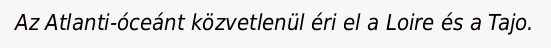
Az Atlanti-óceánt közvetlenül éri el a Loire és a Tajo.